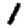
Digit: 1